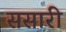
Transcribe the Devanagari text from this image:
ससारी